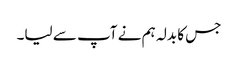
جس کا بدلہ ہم نے آپ سے لیا۔